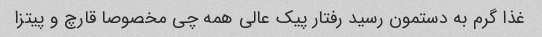
غذا گرم به دستمون رسید رفتار پیک عالى همه چی مخصوصا قارچ و پیتزا